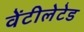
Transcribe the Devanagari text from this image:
वेंटीलेटेड